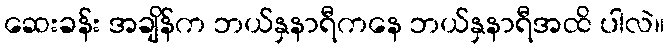
ဆေးခန်း အချိန်က ဘယ်နှနာရီကနေ ဘယ်နှနာရီအထိ ပါလဲ။